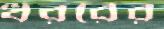
ধররের